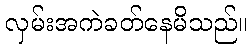
လှမ်းအကဲခတ်နေမိသည်။